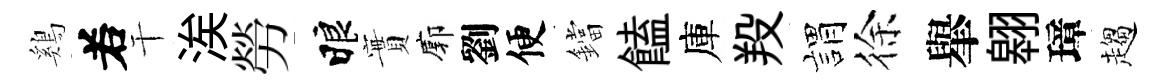
鷄𠰥干涘勞睱實廓劉便鐺饁庫羖娟徐𦦙翱璋趨